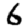
Digit: 6